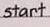
start